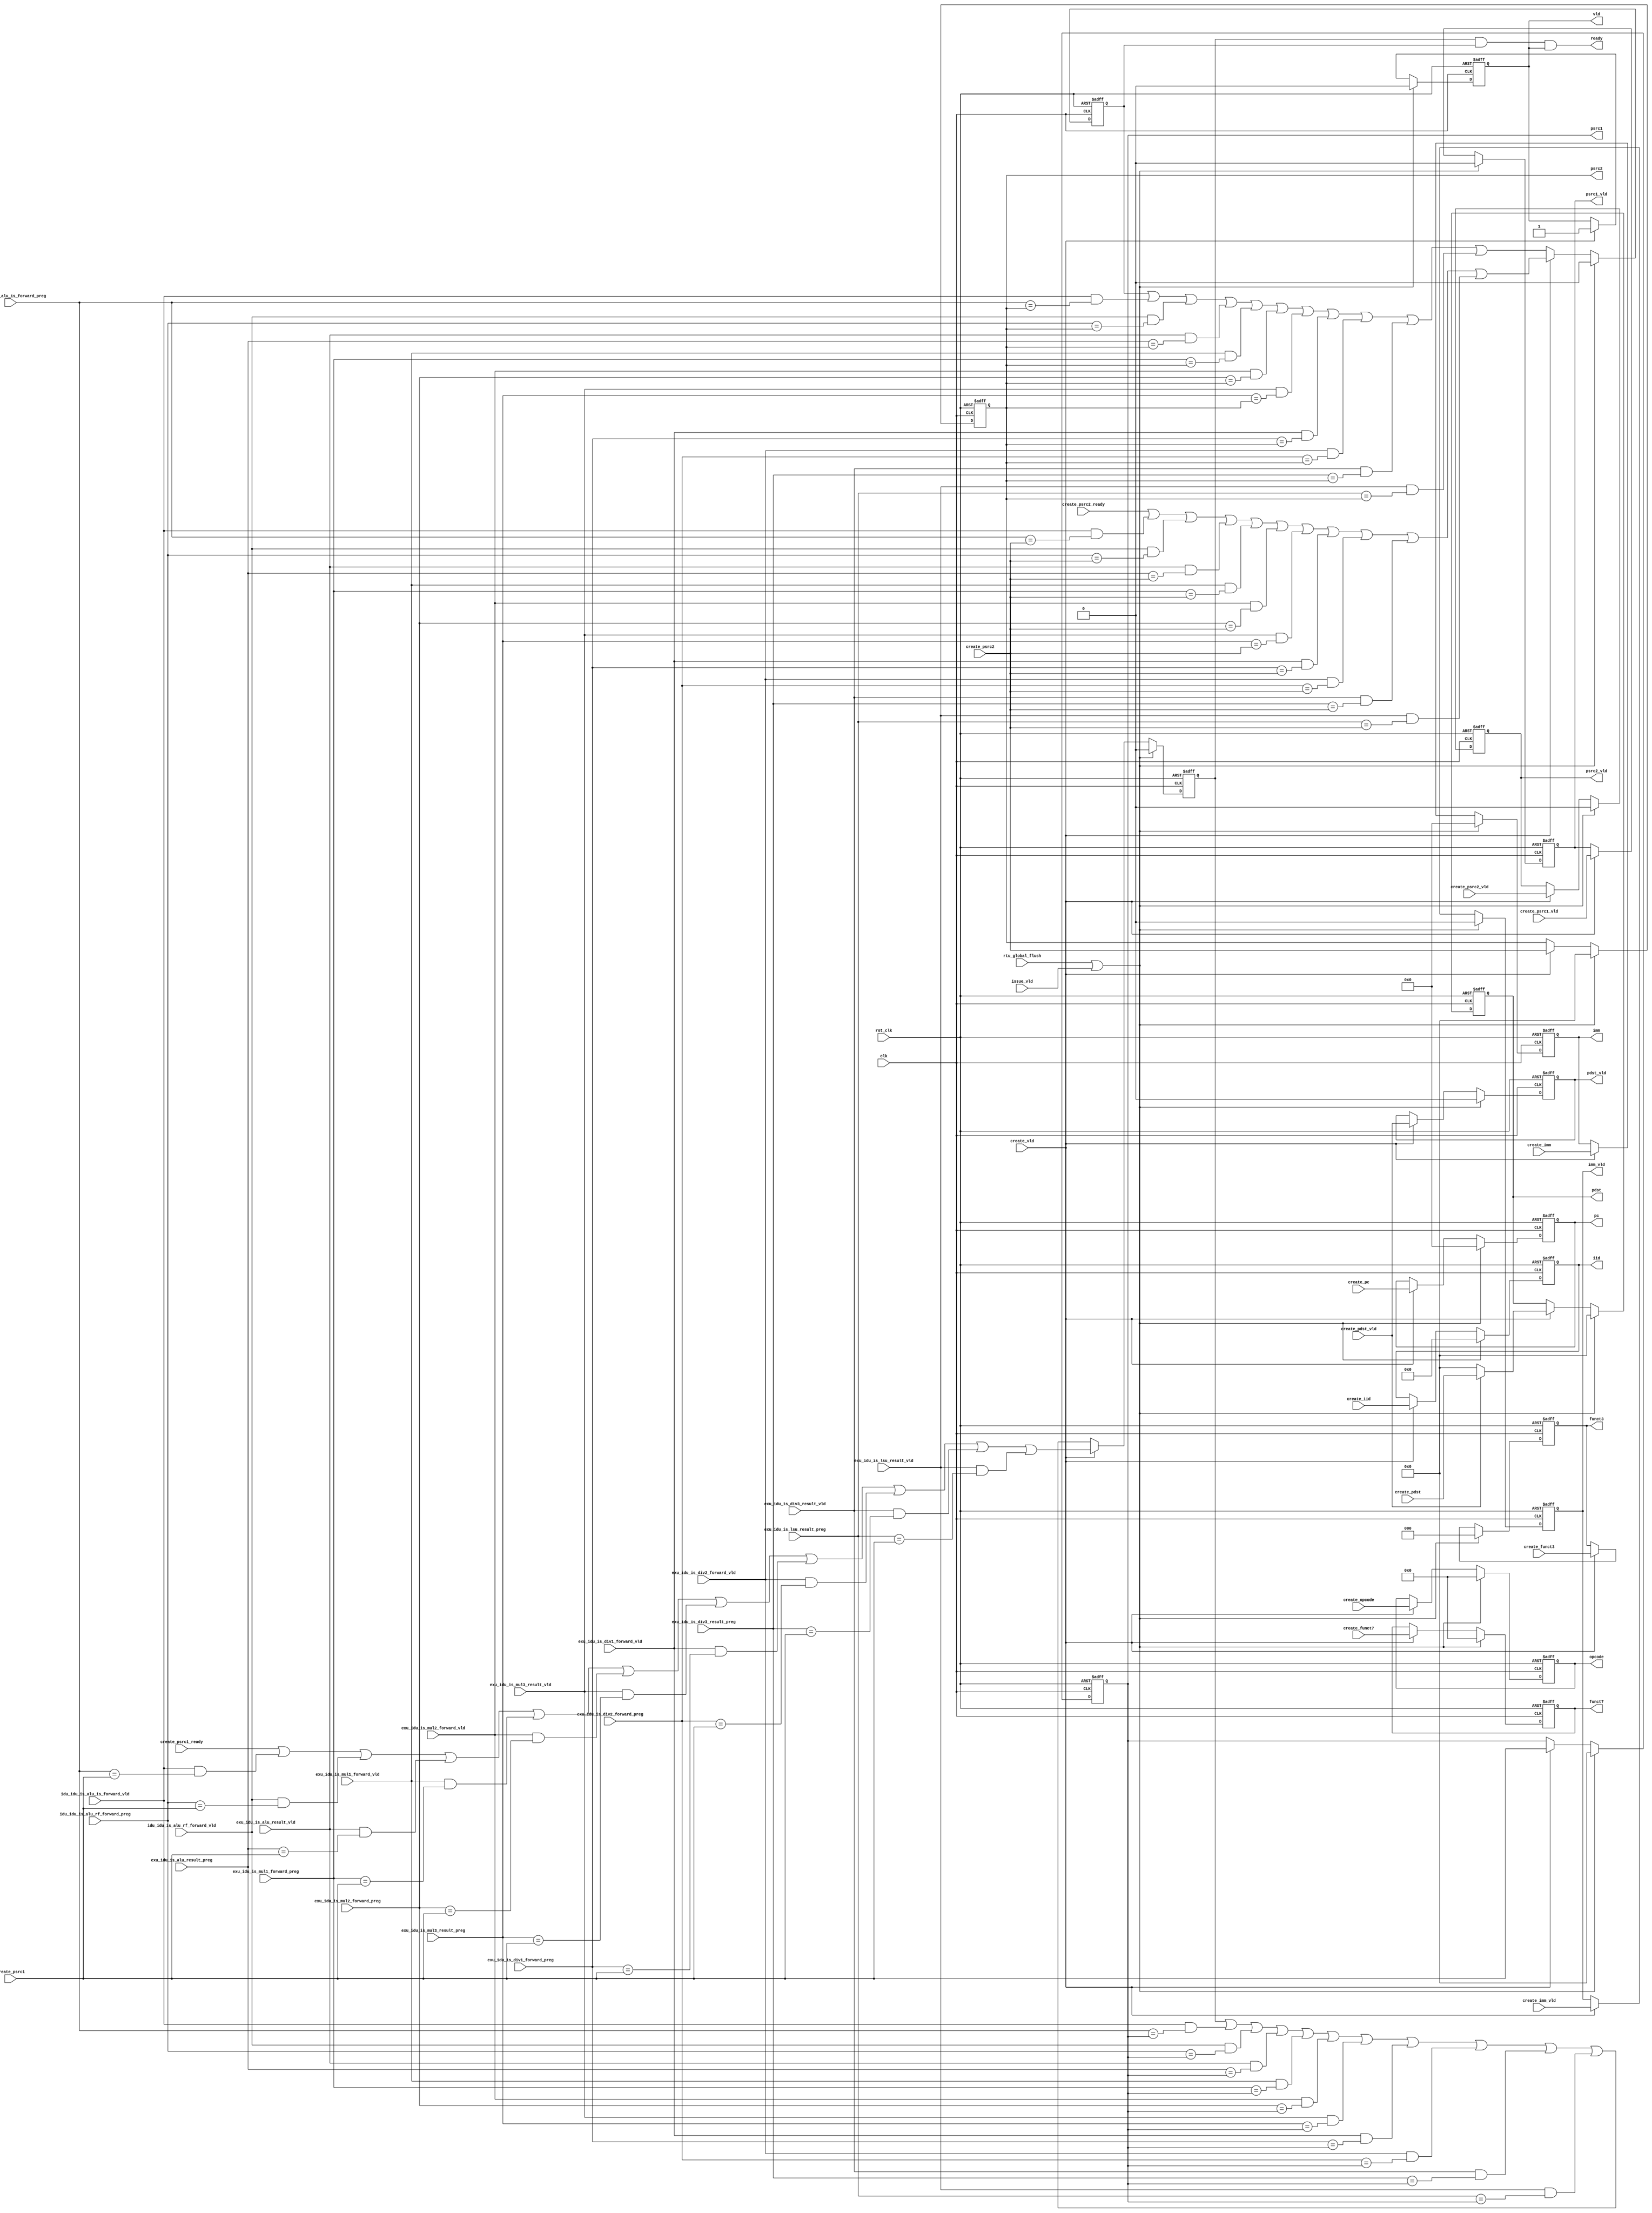
module idu_is_lsiq_entry (
    clk,
    rst_clk,
    rtu_global_flush,
    create_vld,
    create_iid,
    create_opcode,
    create_funct7,
    create_funct3,
    create_pc,
    create_psrc1_vld,
    create_psrc1_ready,
    create_psrc1,
    create_psrc2_vld,
    create_psrc2_ready,
    create_psrc2,
    create_pdst_vld,
    create_pdst,
    create_imm_vld,
    create_imm,
    issue_vld,
    idu_idu_is_alu_is_forward_vld,
    idu_idu_is_alu_is_forward_preg,
    idu_idu_is_alu_rf_forward_vld,
    idu_idu_is_alu_rf_forward_preg,
    exu_idu_is_alu_result_vld,
    exu_idu_is_alu_result_preg,
    exu_idu_is_mul1_forward_vld,
    exu_idu_is_mul1_forward_preg,
    exu_idu_is_mul2_forward_vld,
    exu_idu_is_mul2_forward_preg,
    exu_idu_is_mul3_result_vld,
    exu_idu_is_mul3_result_preg,
    exu_idu_is_div1_forward_vld,
    exu_idu_is_div1_forward_preg,
    exu_idu_is_div2_forward_vld,
    exu_idu_is_div2_forward_preg,
    exu_idu_is_div3_result_vld,
    exu_idu_is_div3_result_preg,
    exu_idu_is_lsu_result_vld,
    exu_idu_is_lsu_result_preg,
    vld,
    iid,
    opcode,
    funct7,
    funct3,
    pc,
    psrc1_vld,
    psrc1,
    psrc2_vld,
    psrc2,
    pdst_vld,
    pdst,
    imm_vld,
    imm,
    ready
);
    // &Ports;
    input         clk;
    input         rst_clk;
    input         rtu_global_flush;
    input         create_vld;
    input  [4 :0] create_iid;
    input  [6 :0] create_opcode;
    input  [6 :0] create_funct7;
    input  [2 :0] create_funct3;
    input  [63:0] create_pc;
    input         create_psrc1_vld;
    input         create_psrc1_ready;
    input  [5 :0] create_psrc1;
    input         create_psrc2_vld;
    input         create_psrc2_ready;
    input  [5 :0] create_psrc2;
    input         create_pdst_vld;
    input  [5 :0] create_pdst;
    input         create_imm_vld;
    input  [63:0] create_imm;
    input         issue_vld;
    input         idu_idu_is_alu_is_forward_vld;
    input  [5 :0] idu_idu_is_alu_is_forward_preg;
    input         idu_idu_is_alu_rf_forward_vld;
    input  [5 :0] idu_idu_is_alu_rf_forward_preg;
    input         exu_idu_is_alu_result_vld;
    input  [5 :0] exu_idu_is_alu_result_preg;
    input         exu_idu_is_mul1_forward_vld;
    input  [5 :0] exu_idu_is_mul1_forward_preg;
    input         exu_idu_is_mul2_forward_vld;
    input  [5 :0] exu_idu_is_mul2_forward_preg;
    input         exu_idu_is_mul3_result_vld;
    input  [5 :0] exu_idu_is_mul3_result_preg;
    input         exu_idu_is_div1_forward_vld;
    input  [5 :0] exu_idu_is_div1_forward_preg;
    input         exu_idu_is_div2_forward_vld;
    input  [5 :0] exu_idu_is_div2_forward_preg;
    input         exu_idu_is_div3_result_vld;
    input  [5 :0] exu_idu_is_div3_result_preg;
    input         exu_idu_is_lsu_result_vld;
    input  [5 :0] exu_idu_is_lsu_result_preg;
    output        vld;
    output [4 :0] iid;
    output [6 :0] opcode;
    output [6 :0] funct7;
    output [2 :0] funct3;
    output [63:0] pc;
    output        psrc1_vld;
    output [5 :0] psrc1;
    output        psrc2_vld;
    output [5 :0] psrc2;
    output        pdst_vld;
    output [5 :0] pdst;
    output        imm_vld;
    output [63:0] imm;
    output        ready;

    // &Regs;
    reg        vld;
    reg [4 :0] iid;
    reg [6 :0] opcode;
    reg [6 :0] funct7;
    reg [2 :0] funct3;
    reg [63:0] pc;
    reg        psrc1_vld;
    reg        psrc1_ready;
    reg [5 :0] psrc1;
    reg        psrc2_vld;
    reg        psrc2_ready;
    reg [5 :0] psrc2;
    reg        pdst_vld;
    reg [5 :0] pdst;
    reg        imm_vld;
    reg [63:0] imm;

    // Wires;
    wire        clk;
    wire        rst_clk;
    wire        rtu_global_flush;
    wire        create_vld;
    wire [4 :0] create_iid;
    wire [6 :0] create_opcode;
    wire [6 :0] create_funct7;
    wire [2 :0] create_funct3;
    wire [63:0] create_pc;
    wire        create_psrc1_vld;
    wire        create_psrc1_ready;
    wire [5 :0] create_psrc1;
    wire        create_psrc2_vld;
    wire        create_psrc2_ready;
    wire [5 :0] create_psrc2;
    wire        create_pdst_vld;
    wire [5 :0] create_pdst;
    wire        create_imm_vld;
    wire [63:0] create_imm;
    wire        issue_vld;
    wire        idu_idu_is_alu_is_forward_vld;
    wire [5 :0] idu_idu_is_alu_is_forward_preg;
    wire        idu_idu_is_alu_rf_forward_vld;
    wire [5 :0] idu_idu_is_alu_rf_forward_preg;
    wire        exu_idu_is_alu_result_vld;
    wire [5 :0] exu_idu_is_alu_result_preg;
    wire        exu_idu_is_mul1_forward_vld;
    wire [5 :0] exu_idu_is_mul1_forward_preg;
    wire        exu_idu_is_mul2_forward_vld;
    wire [5 :0] exu_idu_is_mul2_forward_preg;
    wire        exu_idu_is_mul3_result_vld;
    wire [5 :0] exu_idu_is_mul3_result_preg;
    wire        exu_idu_is_div1_forward_vld;
    wire [5 :0] exu_idu_is_div1_forward_preg;
    wire        exu_idu_is_div2_forward_vld;
    wire [5 :0] exu_idu_is_div2_forward_preg;
    wire        exu_idu_is_div3_result_vld;
    wire [5 :0] exu_idu_is_div3_result_preg;
    wire        exu_idu_is_lsu_result_vld;
    wire [5 :0] exu_idu_is_lsu_result_preg;
    wire        ready;

    always @(posedge clk or negedge rst_clk)
    begin
        if (!rst_clk) begin
            vld         <= 0;
            iid         <= 0;
            opcode      <= 0;
            funct7      <= 0;
            funct3      <= 0;
            pc          <= 0;
            psrc1_vld   <= 0;
            psrc1_ready <= 0;
            psrc1       <= 0;
            psrc2_vld   <= 0;
            psrc2_ready <= 0;
            psrc2       <= 0;
            pdst_vld    <= 0;
            pdst        <= 0;
            imm_vld     <= 0;
            imm         <= 0;
        end
        else if (rtu_global_flush || issue_vld) begin
            vld         <= 0;
            iid         <= 0;
            opcode      <= 0;
            funct7      <= 0;
            funct3      <= 0;
            pc          <= 0;
            psrc1_vld   <= 0;
            psrc1_ready <= 0;
            psrc1       <= 0;
            psrc2_vld   <= 0;
            psrc2_ready <= 0;
            psrc2       <= 0;
            pdst_vld    <= 0;
            pdst        <= 0;
            imm_vld     <= 0;
            imm         <= 0;
        end
        else if (create_vld) begin
            vld         <= 1;
            iid         <= create_iid;
            opcode      <= create_opcode;
            funct7      <= create_funct7;
            funct3      <= create_funct3;
            pc          <= create_pc;
            psrc1_vld   <= create_psrc1_vld;
            psrc1_ready <= create_psrc1_ready | (idu_idu_is_alu_is_forward_vld & (idu_idu_is_alu_is_forward_preg == create_psrc1))
                                              | (idu_idu_is_alu_rf_forward_vld & (idu_idu_is_alu_rf_forward_preg == create_psrc1))
                                              | (exu_idu_is_alu_result_vld     & (exu_idu_is_alu_result_preg     == create_psrc1))
                                              | (exu_idu_is_mul1_forward_vld   & (exu_idu_is_mul1_forward_preg   == create_psrc1))
                                              | (exu_idu_is_mul2_forward_vld   & (exu_idu_is_mul2_forward_preg   == create_psrc1))
                                              | (exu_idu_is_mul3_result_vld    & (exu_idu_is_mul3_result_preg    == create_psrc1))
                                              | (exu_idu_is_div1_forward_vld   & (exu_idu_is_div1_forward_preg   == create_psrc1))
                                              | (exu_idu_is_div2_forward_vld   & (exu_idu_is_div2_forward_preg   == create_psrc1))
                                              | (exu_idu_is_div3_result_vld    & (exu_idu_is_div3_result_preg    == create_psrc1))
                                              | (exu_idu_is_lsu_result_vld     & (exu_idu_is_lsu_result_preg     == create_psrc1));
            psrc1       <= create_psrc1;
            psrc2_vld   <= create_psrc2_vld;
            psrc2_ready <= create_psrc2_ready | (idu_idu_is_alu_is_forward_vld & (idu_idu_is_alu_is_forward_preg == create_psrc2))
                                              | (idu_idu_is_alu_rf_forward_vld & (idu_idu_is_alu_rf_forward_preg == create_psrc2))
                                              | (exu_idu_is_alu_result_vld     & (exu_idu_is_alu_result_preg     == create_psrc2))
                                              | (exu_idu_is_mul1_forward_vld   & (exu_idu_is_mul1_forward_preg   == create_psrc2))
                                              | (exu_idu_is_mul2_forward_vld   & (exu_idu_is_mul2_forward_preg   == create_psrc2))
                                              | (exu_idu_is_mul3_result_vld    & (exu_idu_is_mul3_result_preg    == create_psrc2))
                                              | (exu_idu_is_div1_forward_vld   & (exu_idu_is_div1_forward_preg   == create_psrc2))
                                              | (exu_idu_is_div2_forward_vld   & (exu_idu_is_div2_forward_preg   == create_psrc2))
                                              | (exu_idu_is_div3_result_vld    & (exu_idu_is_div3_result_preg    == create_psrc2))
                                              | (exu_idu_is_lsu_result_vld     & (exu_idu_is_lsu_result_preg     == create_psrc2));
            psrc2       <= create_psrc2;
            pdst_vld    <= create_pdst_vld;
            pdst        <= (create_pdst_vld) ? create_pdst : 0;
            imm_vld     <= create_imm_vld;
            imm         <= create_imm;
        end
        else begin
            vld         <= vld;
            iid         <= iid;
            opcode      <= opcode;
            funct7      <= funct7;
            funct3      <= funct3;
            pc          <= pc;
            psrc1_vld   <= psrc1_vld;
            psrc1_ready <= psrc1_ready | (idu_idu_is_alu_is_forward_vld & (idu_idu_is_alu_is_forward_preg == psrc1))
                                       | (idu_idu_is_alu_rf_forward_vld & (idu_idu_is_alu_rf_forward_preg == psrc1))
                                       | (exu_idu_is_alu_result_vld     & (exu_idu_is_alu_result_preg     == psrc1))
                                       | (exu_idu_is_mul1_forward_vld   & (exu_idu_is_mul1_forward_preg   == psrc1))
                                       | (exu_idu_is_mul2_forward_vld   & (exu_idu_is_mul2_forward_preg   == psrc1))
                                       | (exu_idu_is_mul3_result_vld    & (exu_idu_is_mul3_result_preg    == psrc1))
                                       | (exu_idu_is_div1_forward_vld   & (exu_idu_is_div1_forward_preg   == psrc1))
                                       | (exu_idu_is_div2_forward_vld   & (exu_idu_is_div2_forward_preg   == psrc1))
                                       | (exu_idu_is_div3_result_vld    & (exu_idu_is_div3_result_preg    == psrc1))
                                       | (exu_idu_is_lsu_result_vld     & (exu_idu_is_lsu_result_preg     == psrc1));
            psrc1       <= psrc1;
            psrc2_vld   <= psrc2_vld;
            psrc2_ready <= psrc2_ready | (idu_idu_is_alu_is_forward_vld & (idu_idu_is_alu_is_forward_preg == psrc2))
                                       | (idu_idu_is_alu_rf_forward_vld & (idu_idu_is_alu_rf_forward_preg == psrc2))
                                       | (exu_idu_is_alu_result_vld     & (exu_idu_is_alu_result_preg     == psrc2))
                                       | (exu_idu_is_mul1_forward_vld   & (exu_idu_is_mul1_forward_preg   == psrc2))
                                       | (exu_idu_is_mul2_forward_vld   & (exu_idu_is_mul2_forward_preg   == psrc2))
                                       | (exu_idu_is_mul3_result_vld    & (exu_idu_is_mul3_result_preg    == psrc2))
                                       | (exu_idu_is_div1_forward_vld   & (exu_idu_is_div1_forward_preg   == psrc2))
                                       | (exu_idu_is_div2_forward_vld   & (exu_idu_is_div2_forward_preg   == psrc2))
                                       | (exu_idu_is_div3_result_vld    & (exu_idu_is_div3_result_preg    == psrc2))
                                       | (exu_idu_is_lsu_result_vld     & (exu_idu_is_lsu_result_preg     == psrc2));
            psrc2       <= psrc2;
            pdst_vld    <= pdst_vld;
            pdst        <= pdst;
            imm_vld     <= imm_vld;
            imm         <= imm;
        end
    end

    assign ready = psrc1_ready & psrc2_ready & vld;
endmodule